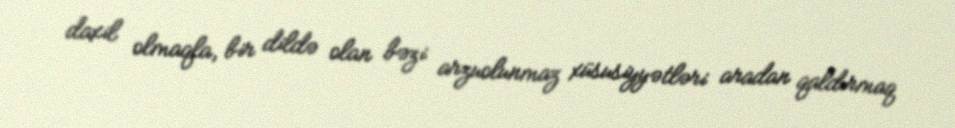
daxil olmaqla, bir dildə olan bəzi arzuolunmaz xüsusiyyətləri aradan qaldırmaq